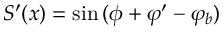
S ^ { \prime } ( x ) = \sin { ( \phi + \varphi ^ { \prime } - \varphi _ { b } ) }